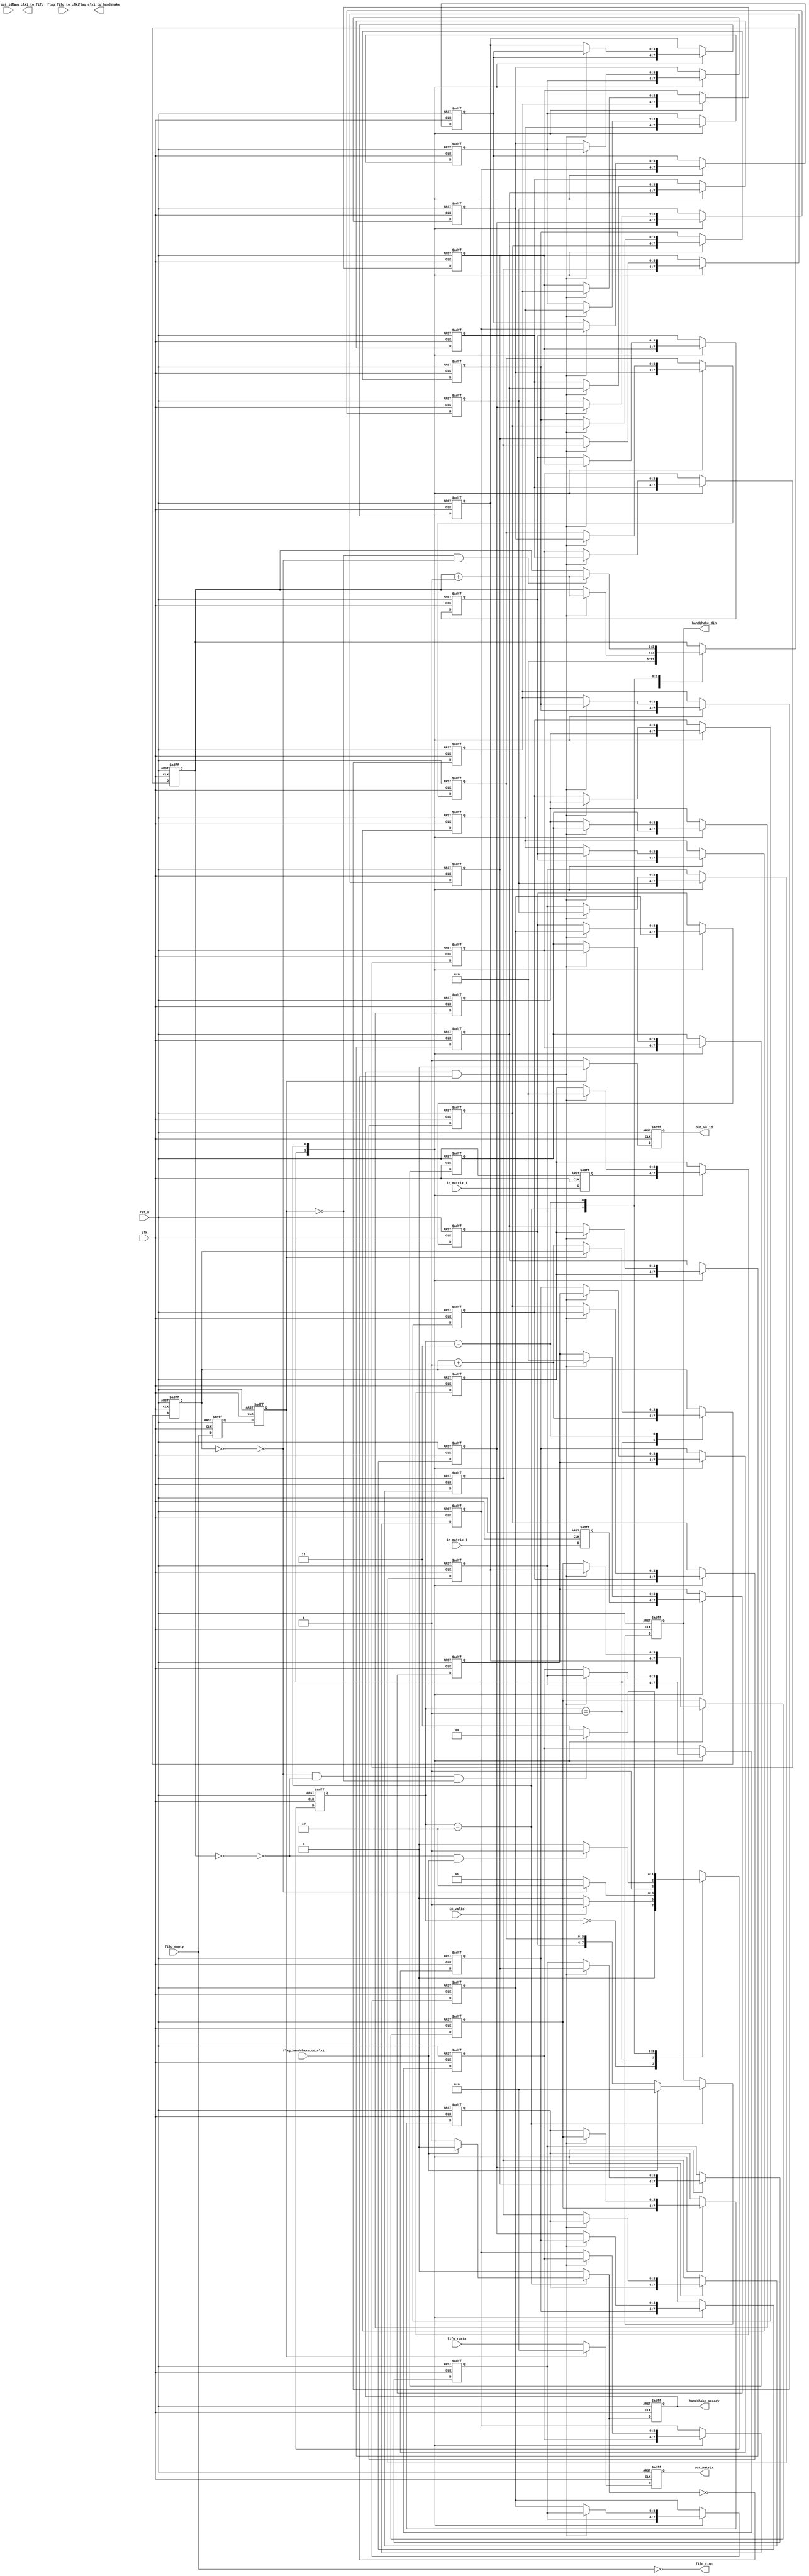
module CLK_1_MODULE (
    clk,
    rst_n,
    in_valid,
	in_matrix_A,
    in_matrix_B,
    out_idle,
    handshake_sready,
    handshake_din,

    flag_handshake_to_clk1,
    flag_clk1_to_handshake,

	fifo_empty,
    fifo_rdata,
    fifo_rinc,
    out_valid,
    out_matrix,

    flag_clk1_to_fifo,
    flag_fifo_to_clk1
);

input clk;
input rst_n;
input in_valid;
input [3:0] in_matrix_A;
input [3:0] in_matrix_B;

input out_idle;
output reg handshake_sready;
output reg [7:0] handshake_din;

// You can use the the custom flag ports for your design
input  flag_handshake_to_clk1; // handshake response
output flag_clk1_to_handshake;

input fifo_empty;
input [7:0] fifo_rdata;
output fifo_rinc;

output reg out_valid;
output reg [7:0] out_matrix;

// You can use the the custom flag ports for your design
output flag_clk1_to_fifo;
input flag_fifo_to_clk1;

//=======================================================
//                  PARAMETER
//=======================================================

integer i;

parameter   IDLE        = 0,
            INPUT       = 1,
            HANDSHAKE   = 2,
            OUTPUT      = 3;

//=======================================================
//                  DECLARATION
//=======================================================

// FSM
reg  [1:0] state;
reg  [1:0] state_nxt;

// INPUT
reg  [3:0] in_matrix_A_reg;
wire [3:0] in_matrix_A_nxt;

reg  [3:0] matrix_A    [0:15];
reg  [3:0] matrix_A_nxt[0:15];

reg  [3:0] in_matrix_B_reg;
wire [3:0] in_matrix_B_nxt;

reg  [3:0] matrix_B    [0:15];
reg  [3:0] matrix_B_nxt[0:15];

reg  [3:0] cnt_16_1;
reg  [3:0] cnt_16_1_nxt;

// HANDSHAKE
reg  [3:0] cnt_16_2;
reg  [3:0] cnt_16_2_nxt;

reg  handshake_sready_nxt;

reg  [7:0] handshake_din_nxt; // {B[3:0], A[3:0]}

// OUTPUT
wire out_valid_nxt;
wire [7:0] out_matrix_nxt;

reg  fifo_empty_reg_1;
wire fifo_empty_nxt_1;

reg  fifo_empty_reg_2;
wire fifo_empty_nxt_2;

//=======================================================
//                  FSM
//=======================================================

always @(posedge clk or negedge rst_n) begin
    if(!rst_n) begin
        state <= IDLE;
    end
    else begin
        state <= state_nxt;
    end
end

always @(*) begin
    case (state)
        IDLE: state_nxt = (in_valid) ? INPUT : IDLE;
        INPUT: state_nxt = !(~cnt_16_1) ? HANDSHAKE : INPUT;
        HANDSHAKE: state_nxt = (!(~cnt_16_2) && (flag_handshake_to_clk1)) ? OUTPUT : HANDSHAKE;
        OUTPUT: state_nxt = ((!(~cnt_16_1) && !(~cnt_16_2)) && (!fifo_empty_reg_2)) ? IDLE : OUTPUT;
    endcase
end

//=======================================================
//                  INPUT
//=======================================================

// DFF of in_matrix_A_reg
always @(posedge clk or negedge rst_n) begin
    if(!rst_n) begin
        in_matrix_A_reg <= 0;
    end
    else begin
        in_matrix_A_reg <= in_matrix_A_nxt;
    end
end

// comb of in_matrix_A_reg
assign in_matrix_A_nxt = in_matrix_A;

// DFF of matrix_A
always @(posedge clk or negedge rst_n) begin
    if(!rst_n) begin
        for(i = 0; i < 16; i = i + 1) begin
            matrix_A[i] <= 0;
        end
    end
    else begin
        for(i = 0; i < 16; i = i + 1) begin
            matrix_A[i] <= matrix_A_nxt[i];
        end
    end
end

// comb of matrix_A
always @(*) begin
    case (state)
        INPUT: begin
            for(i = 0; i < 15; i = i + 1) begin
                matrix_A_nxt[i] = matrix_A[i + 1];
            end
            matrix_A_nxt[15] = in_matrix_A_reg;
        end
        HANDSHAKE: begin
            if((handshake_sready) && !(handshake_sready_nxt)) begin
                for(i = 0; i < 15; i = i + 1) begin
                    matrix_A_nxt[i] = matrix_A[i + 1];
                end
                matrix_A_nxt[15] = 0;
            end
            else begin
                for(i = 0; i < 16; i = i + 1) begin
                    matrix_A_nxt[i] = matrix_A[i];
                end
            end
        end
        default: begin
            for(i = 0; i < 16; i = i + 1) begin
                matrix_A_nxt[i] = matrix_A[i];
            end
        end
    endcase
end

// DFF of in_matrix_B_reg
always @(posedge clk or negedge rst_n) begin
    if(!rst_n) begin
        in_matrix_B_reg <= 0;
    end
    else begin
        in_matrix_B_reg <= in_matrix_B_nxt;
    end
end

// comb of in_matrix_B_reg
assign in_matrix_B_nxt = in_matrix_B;

// DFF of matrix_B
always @(posedge clk or negedge rst_n) begin
    if(!rst_n) begin
        for(i = 0; i < 16; i = i + 1) begin
            matrix_B[i] <= 0;
        end
    end
    else begin
        for(i = 0; i < 16; i = i + 1) begin
            matrix_B[i] <= matrix_B_nxt[i];
        end
    end
end

// comb of matrix_B
always @(*) begin
    case (state)
        INPUT: begin
            for(i = 0; i < 15; i = i + 1) begin
                matrix_B_nxt[i] = matrix_B[i + 1];
            end
            matrix_B_nxt[15] = in_matrix_B_reg;
        end
        HANDSHAKE: begin
            if((handshake_sready) && !(handshake_sready_nxt)) begin
                for(i = 0; i < 15; i = i + 1) begin
                    matrix_B_nxt[i] = matrix_B[i + 1];
                end
                matrix_B_nxt[15] = 0;
            end
            else begin
                for(i = 0; i < 16; i = i + 1) begin
                    matrix_B_nxt[i] = matrix_B[i];
                end
            end
        end
        default: begin
            for(i = 0; i < 16; i = i + 1) begin
                matrix_B_nxt[i] = matrix_B[i];
            end
        end
    endcase
end

// DFF of cnt_16_1
always @(posedge clk or negedge rst_n) begin
    if(!rst_n) begin
        cnt_16_1 <= 0;
    end
    else begin
        cnt_16_1 <= cnt_16_1_nxt;
    end
end

// comb of cnt_16_1
always @(*) begin
    case (state)
        INPUT: begin
            cnt_16_1_nxt = cnt_16_1 + 1;
        end
        OUTPUT: begin
            if((!fifo_empty_reg_2)) begin
                cnt_16_1_nxt = cnt_16_1 + 1;
            end
            else begin
                cnt_16_1_nxt = cnt_16_1;
            end
        end
        default: begin
            cnt_16_1_nxt = cnt_16_1;
        end
    endcase
end

//=======================================================
//                  HANDSHAKE
//=======================================================

// DFF of cnt_16_2
always @(posedge clk or negedge rst_n) begin
    if(!rst_n) begin
        cnt_16_2 <= 0;
    end
    else begin
        cnt_16_2 <= cnt_16_2_nxt;
    end
end

// comb of cnt_16_2
always @(*) begin
    case (state)
        IDLE: begin
            cnt_16_2_nxt = 0;
        end
        HANDSHAKE: begin
            if((handshake_sready) && !(handshake_sready_nxt)) begin
                cnt_16_2_nxt = cnt_16_2 + 1;
            end
            else begin
                cnt_16_2_nxt = cnt_16_2;
            end
        end
        OUTPUT: begin
            if((!fifo_empty_reg_2) && !(~cnt_16_1)) begin
                cnt_16_2_nxt = cnt_16_2 + 1;
            end
            else begin
                cnt_16_2_nxt = cnt_16_2;
            end
        end
        default: begin
            cnt_16_2_nxt = cnt_16_2;
        end
    endcase
end

// DFF of handshake_sready
always @(posedge clk or negedge rst_n) begin
    if(!rst_n) begin
        handshake_sready <= 0;
    end
    else begin
        handshake_sready <= handshake_sready_nxt;
    end
end

// comb of handshake_sready
always @(*) begin
    case (state)
        HANDSHAKE: begin
            if(flag_handshake_to_clk1) begin
                handshake_sready_nxt = 0; // pull down sready when handshake output
            end
            else begin
                handshake_sready_nxt = 1; // raise up sready until handshake output
            end
        end
        default: begin
            handshake_sready_nxt = 0;
        end
    endcase
end

// DFF of handshake_din
always @(posedge clk or negedge rst_n) begin
    if(!rst_n) begin
        handshake_din <= 0;
    end
    else begin
        handshake_din <= handshake_din_nxt;
    end
end

// comb of handshake_din
always @(*) begin
    case (state)
        HANDSHAKE: begin
            if(flag_handshake_to_clk1) begin
                handshake_din_nxt = 0; // pull down sready when handshake output
            end
            else begin
                handshake_din_nxt = {matrix_B[0], matrix_A[0]}; // raise up sready until handshake output
            end
        end
        default: begin
            handshake_din_nxt = handshake_din;
        end
    endcase
end

//=======================================================
//                  OUTPUT
//=======================================================

assign fifo_rinc = !fifo_empty;

// DFF of fifo_empty_reg_1
always @(posedge clk or negedge rst_n) begin
    if(!rst_n) begin
        fifo_empty_reg_1 <= 1;
    end
    else begin
        fifo_empty_reg_1 <= fifo_empty_nxt_1;
    end
end

// DFF of fifo_empty_nxt_1
assign fifo_empty_nxt_1 = fifo_empty;

// DFF of fifo_empty_reg_2
always @(posedge clk or negedge rst_n) begin
    if(!rst_n) begin
        fifo_empty_reg_2 <= 1;
    end
    else begin
        fifo_empty_reg_2 <= fifo_empty_nxt_2;
    end
end

// DFF of fifo_empty_nxt_2
assign fifo_empty_nxt_2 = fifo_empty_reg_1;

// DFF of out_valid
always @(posedge clk or negedge rst_n) begin
    if(!rst_n) begin
        out_valid <= 0;
    end
    else begin
        out_valid <= out_valid_nxt;
    end
end

// comb of out_valid
assign out_valid_nxt = (!fifo_empty_reg_2) ? 1 : 0;

// DFF of out_matrix
always @(posedge clk or negedge rst_n) begin
    if(!rst_n) begin
        out_matrix <= 0;
    end
    else begin
        out_matrix <= out_matrix_nxt;
    end
end

// comb of out_matrix
assign out_matrix_nxt = (!fifo_empty_reg_2) ? fifo_rdata : 0;

endmodule

module CLK_2_MODULE (
    clk,
    rst_n,
    in_valid,
    fifo_full,
    in_matrix,
    out_valid,
    out_matrix,
    busy,

    flag_handshake_to_clk2,
    flag_clk2_to_handshake,

    flag_fifo_to_clk2,
    flag_clk2_to_fifo
);

input clk;
input rst_n;
input in_valid;
input fifo_full;
input [7:0] in_matrix;
output reg out_valid;
output reg [7:0] out_matrix;
output reg busy;

// You can use the the custom flag ports for your design
input  flag_handshake_to_clk2;
output flag_clk2_to_handshake;

input  flag_fifo_to_clk2; // !wfull_nxt
output flag_clk2_to_fifo;

//============================================
//              PARAMETER
//============================================

integer i;

parameter   IDLE    = 0,
            INPUT   = 1,
            CAL     = 2,
            OUTPUT  = 3;

//============================================
//              DECLARATION
//============================================

// FSM
reg  [1:0] state;
reg  [1:0] state_nxt;

// INPUT
reg  [3:0] matrix_A     [0:15];
reg  [3:0] matrix_A_nxt [0:15];

reg  [3:0] matrix_B     [0:15];
reg  [3:0] matrix_B_nxt [0:15];

reg  [3:0] cnt_in;
wire [3:0] cnt_in_nxt;

// CAL
reg  [7:0] cnt_256;
wire [7:0] cnt_256_nxt;

reg  [7:0] out;
wire [7:0] out_nxt;

// OUTPUT

wire out_valid_nxt;

wire [7:0] out_matrix_nxt;

//============================================
//              FSM
//============================================

// DFF of FSM
always @(posedge clk or negedge rst_n) begin
    if(!rst_n) begin
        state <= 0;
    end
    else begin
        state <= state_nxt;
    end
end

// comb of FSM
always @(*) begin
    case (state)
        IDLE: state_nxt = (in_valid) ? INPUT : IDLE;
        INPUT: state_nxt = ((flag_handshake_to_clk2) && !(~cnt_in)) ? CAL : INPUT;
        CAL: state_nxt = OUTPUT;
        OUTPUT: state_nxt = (flag_fifo_to_clk2) ? (!(~cnt_256) ? IDLE : CAL) : OUTPUT;
    endcase
end

//============================================
//              INPUT
//============================================

// DFF of matrix_A
always @(posedge clk or negedge rst_n) begin
    if(!rst_n) begin
        for(i = 0; i < 16; i = i + 1) begin
            matrix_A[i] <= 0;
        end
    end
    else begin
        for(i = 0; i < 16; i = i + 1) begin
            matrix_A[i] <= matrix_A_nxt[i];
        end
    end
end

// comb of matrix_A
always @(*) begin
    if((state == INPUT) && (flag_handshake_to_clk2)) begin
        for(i = 0; i < 15; i = i + 1) begin
            matrix_A_nxt[i] = matrix_A[i + 1];
        end
        matrix_A_nxt[15] = in_matrix[3:0];
    end
    else if((state == OUTPUT) && (flag_fifo_to_clk2) && !(~(cnt_256[3:0]))) begin
        for(i = 0; i < 15; i = i + 1) begin
            matrix_A_nxt[i] = matrix_A[i + 1];
        end
        matrix_A_nxt[15] = matrix_A[0];
    end
    else begin
        for(i = 0; i < 16; i = i + 1) begin
            matrix_A_nxt[i] = matrix_A[i];
        end
    end
end

// DFF of matrix_B
always @(posedge clk or negedge rst_n) begin
    if(!rst_n) begin
        for(i = 0; i < 16; i = i + 1) begin
            matrix_B[i] <= 0;
        end
    end
    else begin
        for(i = 0; i < 16; i = i + 1) begin
            matrix_B[i] <= matrix_B_nxt[i];
        end
    end
end

// comb of matrix_B
always @(*) begin
    if((state == INPUT) && (flag_handshake_to_clk2)) begin
        for(i = 0; i < 15; i = i + 1) begin
            matrix_B_nxt[i] = matrix_B[i + 1];
        end
        matrix_B_nxt[15] = in_matrix[7:4];
    end
    else if((state == OUTPUT) && (flag_fifo_to_clk2)) begin
        for(i = 0; i < 15; i = i + 1) begin
            matrix_B_nxt[i] = matrix_B[i + 1];
        end
        matrix_B_nxt[15] = matrix_B[0];
    end
    else begin
        for(i = 0; i < 16; i = i + 1) begin
            matrix_B_nxt[i] = matrix_B[i];
        end
    end
end

always @(posedge clk or negedge rst_n) begin
    if(!rst_n) begin
        cnt_in <= 0;
    end
    else begin
        cnt_in <= cnt_in_nxt;
    end
end

assign cnt_in_nxt = ((state == INPUT) && (flag_handshake_to_clk2)) ? (cnt_in + 1) : cnt_in;

//============================================
//              CAL
//============================================

// DFF of out
always @(posedge clk or negedge rst_n) begin
    if(!rst_n) begin
        out <= 0;
    end
    else begin
        out <= out_nxt;
    end
end

// comb of out
assign out_nxt = (state == CAL) ? (matrix_A[0] * matrix_B[0]) : out;

//============================================
//              OUTPUT
//============================================

// DFF of cnt_256
always @(posedge clk or negedge rst_n) begin
    if(!rst_n) begin
        cnt_256 <= 0;
    end
    else begin
        cnt_256 <= cnt_256_nxt;
    end
end

// comb of cnt_256
assign cnt_256_nxt = ((state == OUTPUT) && (flag_fifo_to_clk2)) ? (cnt_256 + 1) : cnt_256;

// DFF of out_valid
always @(posedge clk or negedge rst_n) begin
    if(!rst_n) begin
        out_valid <= 0;
    end
    else begin
        out_valid <= out_valid_nxt;
    end
end

// comb of out_valid
assign out_valid_nxt = ((state == OUTPUT) && (flag_fifo_to_clk2)) ? 1 : 0;

// DFF of out_matrix
always @(posedge clk or negedge rst_n) begin
    if(!rst_n) begin
        out_matrix <= 0;
    end
    else begin
        out_matrix <= out_matrix_nxt;
    end
end

// comb of out_matrix
assign out_matrix_nxt = ((state == OUTPUT) && (flag_fifo_to_clk2)) ? out : 0;

endmodule